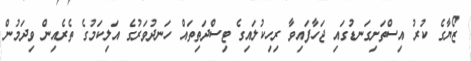
ޒޯޔާގެ ކުރު އިސްތަށިގަނޑުގައި ޖަހާފައިވާ ރިހިކުލައިގެ ޓިސްދަތިތައް ހަނދުވަރުގެ އަލިކަމުގެ ތެރެއިން ވިދަމުން